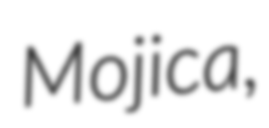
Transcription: Mojica,